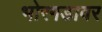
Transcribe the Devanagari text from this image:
भोरगडावर